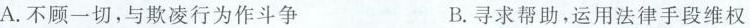
A.不顾一切，与欺凌行为作斗争 B.寻求帮助，运用法律手段维权